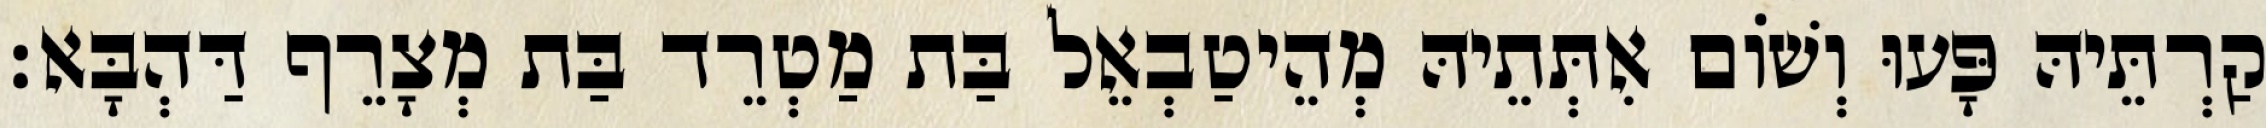
קַרְתֵּיהּ פָּעוּ וְשׁוֹם אִתְּתֵיהּ מְהֵיטַבְאֵל בַּת מַטְרֵד בַּת מְצָרֵף דַּהְבָּא׃